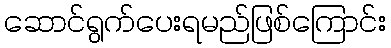
ဆောင်ရွက်ပေးရမည်ဖြစ်ကြောင်း